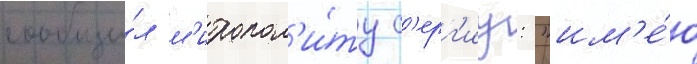
сообщи́л м'итропол'и́ту с'ерг'иу: "им'е́ю